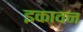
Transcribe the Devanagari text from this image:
इकावन